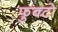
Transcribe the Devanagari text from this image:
फुक्टो